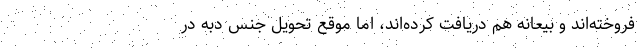
فروخته‌اند و بیعانه هم دریافت کرده‌اند، اما موقع تحویل جنس دبه در